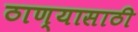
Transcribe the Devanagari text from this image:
ठाण्यासाठी